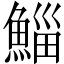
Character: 鯔